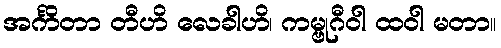
အင်္ကိတာ တီဟိ လေခါဟိ၊ ကမ္ဗုဂီဝါ ထဝါ မတာ။